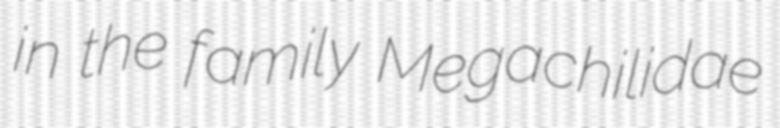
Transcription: in the family Megachilidae